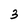
Character: 3